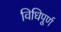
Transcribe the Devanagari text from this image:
विधिपूर्ण